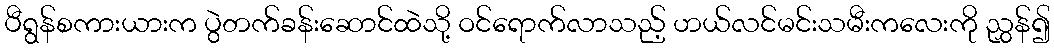
ပီရွန်စကားယားက ပွဲတက်ခန်းဆောင်ထဲသို့ ဝင်ရောက်လာသည့် ဟယ်လင်မင်းသမီးကလေးကို ညွှန်၍